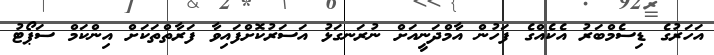
އަހަރުގެ ޑިސެމްބަރު އެކެއްގެ ފަހުން އާމްދަނީއަށް ނުރަނގަޅު އަސަރުކޮށްފައިވާ ފަރާތްތަކަށް އިންކަމް ސަޕޯޓު